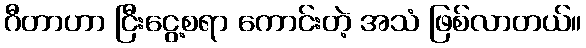
ဂီတာဟာ ငြီးငွေ့စရာ ကောင်းတဲ့ အသံ ဖြစ်လာတယ်။